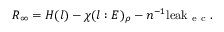
R _ { \infty } = H ( l ) - \chi ( l : E ) _ { \rho } - n ^ { - 1 } \mathrm { l e a k } _ { \mathrm { ~ e ~ c ~ } } .